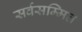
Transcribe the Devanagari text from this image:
सर्वसम्मित